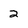
Character: 2